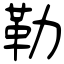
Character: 勒